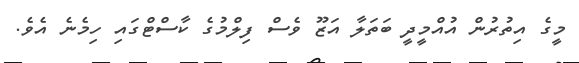
މީގެ އިތުރުން އުއްމީދީ ބަތަލާ އަޒޫ ވެސް ފިލްމުގެ ކާސްޓްގައި ހިމެނެ އެވެ.